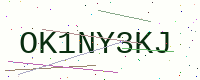
Text: OK1NY3KJ